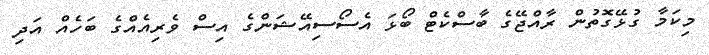
މިކަމާ ގުޅޭގޮތުން ރާއްޖޭގެ ބާސްކެޓް ބޯޅަ އެސޯސިއޭޝަންގެ އިސް ވެރިއެއްގެ ބަހެއް އަދި